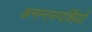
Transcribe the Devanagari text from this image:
अनन्तस्पर्शियाँ